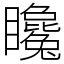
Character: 䂁